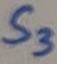
Text: S3